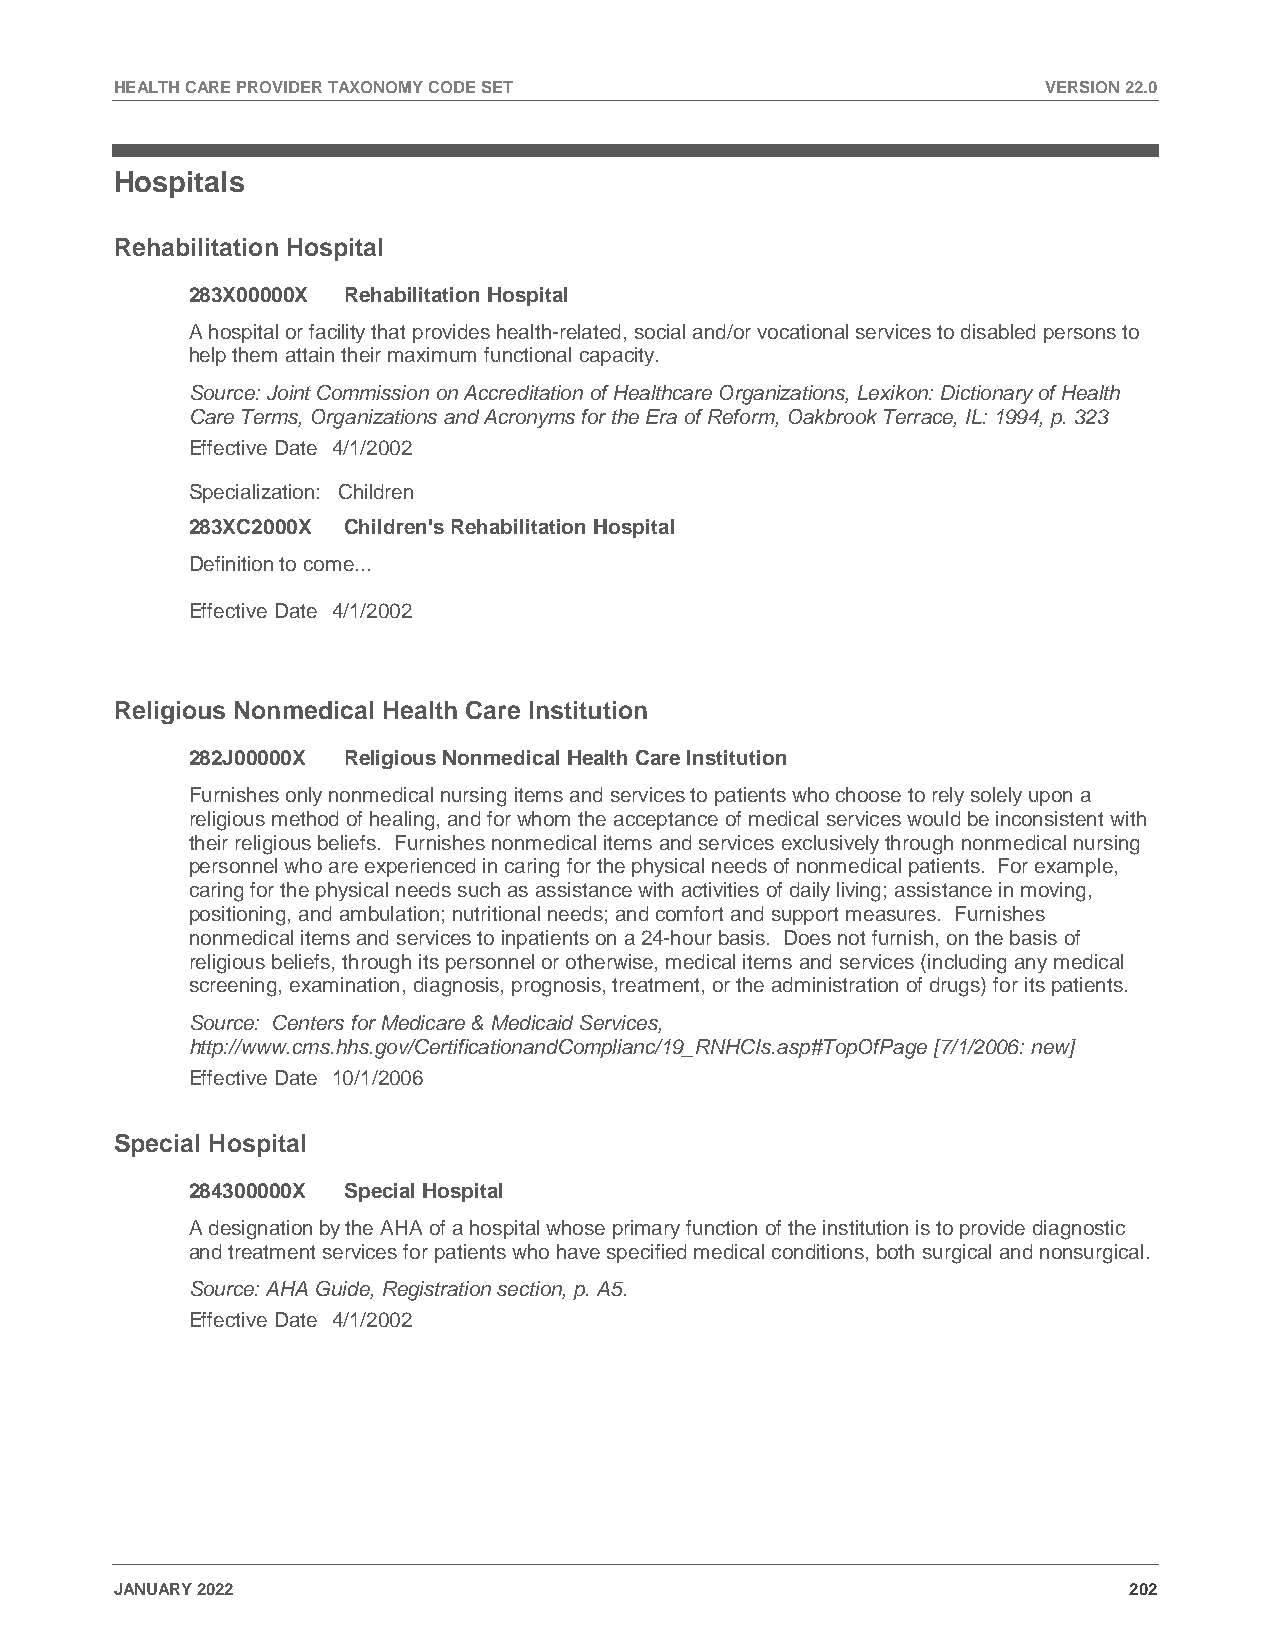
HEALTH CARE PROVIDER TAXONOMY CODE SET                       VERSION 22.0
 Hospitals
 Rehabilitation Hospital
 283X00000X Rehabilitation Hospital
 A hospital or facility that provides health-related, social and/or vocational services to disabled persons to
 help them attain their maximum functional capacity.
 Source: Joint Commission on Accreditation of Healthcare Organizations, Lexikon: Dictionary of Health
 Care Terms, Organizations and Acronyms for the Era of Reform, Oakbrook Terrace, IL: 1994, p. 323
 Effective Date 4/1/2002
 Specialization: Children
 283XC2000X Children's Rehabilitation Hospital
 Definition to come...
 Effective Date 4/1/2002
 Religious Nonmedical Health Care Institution
 282J00000X Religious Nonmedical Health Care Institution
 Furnishes only nonmedical nursing items and services to patients who choose to rely solely upon a
 religious method of healing, and for whom the acceptance of medical services would be inconsistent with
 their religious beliefs. Furnishes nonmedical items and services exclusively through nonmedical nursing
 personnel who are experienced in caring for the physical needs of nonmedical patients. For example,
 caring for the physical needs such as assistance with activities of daily living; assistance in moving,
 positioning, and ambulation; nutritional needs; and comfort and support measures. Furnishes
 nonmedical items and services to inpatients on a 24-hour basis. Does not furnish, on the basis of
 religious beliefs, through its personnel or otherwise, medical items and services (including any medical
 screening, examination, diagnosis, prognosis, treatment, or the administration of drugs) for its patients.
 Source: Centers for Medicare & Medicaid Services,
 http://www.cms.hhs.gov/CertificationandComplianc/19_RNHCIs.asp#TopOfPage [7/1/2006: new]
 Effective Date 10/1/2006
 Special Hospital
 284300000X Special Hospital
 A designation by the AHA of a hospital whose primary function of the institution is to provide diagnostic
 and treatment services for patients who have specified medical conditions, both surgical and nonsurgical.
 Source: AHA Guide, Registration section, p. A5.
 Effective Date 4/1/2002
 JANUARY 2022                                                       202